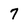
Character: 7